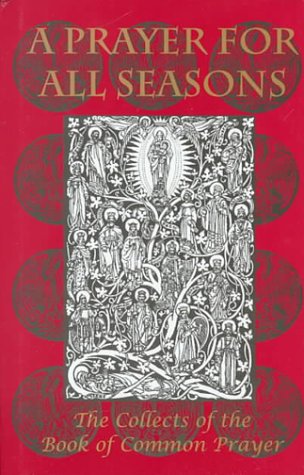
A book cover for A Prayer for All Seasons: The Collects of the Book of Common Prayer; HRH Charles the Prince of Wales; Christian Books & Bibles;